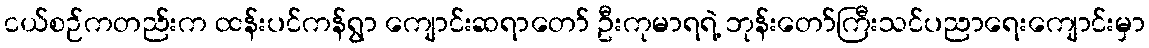
ငယ်စဉ်ကတည်းက ထန်းပင်ကန်ရွာ ကျောင်းဆရာတော် ဦးကုမာရရဲ့ ဘုန်းတော်ကြီးသင်ပညာရေးကျောင်းမှာ